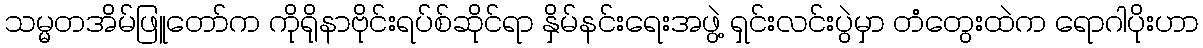
သမ္မတအိမ်ဖြူတော်က ကိုရိုနာဗိုင်းရပ်စ်ဆိုင်ရာ နှိမ်နင်းရေးအဖွဲ့ ရှင်းလင်းပွဲမှာ တံတွေးထဲက ရောဂါပိုးဟာ